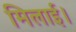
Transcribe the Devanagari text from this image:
मिलाई।